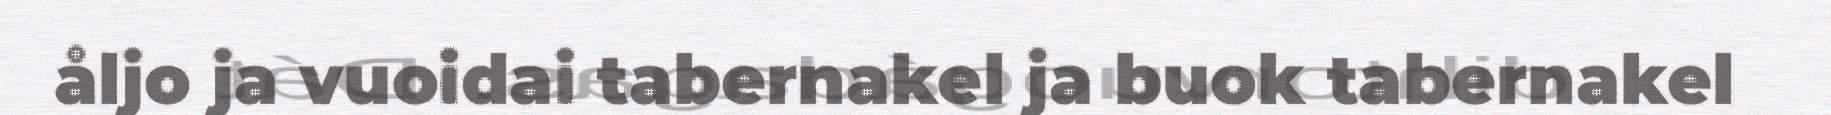
åljo ja vuoidai tabernakel ja buok tabernakel